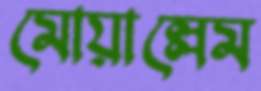
মোয়াল্লেম